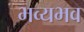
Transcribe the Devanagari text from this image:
भव्यभव